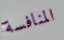
المنافسة